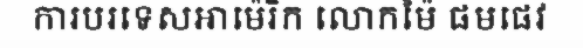
ការបរទេសអាម៉េរិក លោកម៉ៃ ផមផេវ